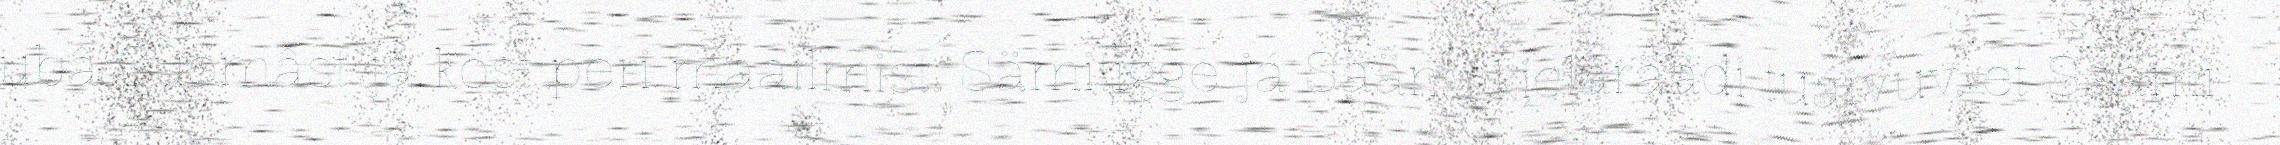
ubâ Suomâst já kost peri maailmist. Sämitigge já Säämi kielârääđi tuáivuv, et Säämi